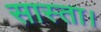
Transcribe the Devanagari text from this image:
सास्ता।